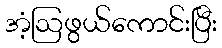
အံ့ဩဖွယ်ကောင်းပြီး